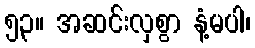
၅၃။ အဆင်းလှစွာ နံ့မပါ၊